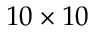
1 0 \times 1 0